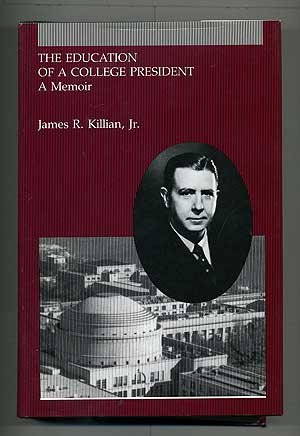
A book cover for The Education of a College President: A Memoir; James R. Killian Jr.; Biographies & Memoirs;